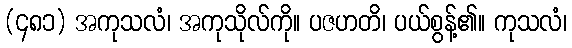
(၄၈၁) အကုသလံ၊ အကုသိုလ်ကို။ ပဇဟတိ၊ ပယ်စွန့်၏။ ကုသလံ၊